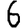
Digit: 6